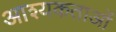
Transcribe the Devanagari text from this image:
आश्यकताओं